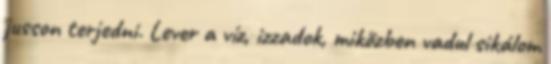
jusson terjedni. Lever a víz, izzadok, miközben vadul sikálom